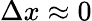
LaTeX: \Delta x\approx 0